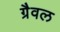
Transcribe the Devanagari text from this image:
ग्रैवल